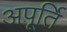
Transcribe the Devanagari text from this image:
अपूर्ति